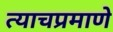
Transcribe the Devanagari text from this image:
त्‍याचप्रमाणे